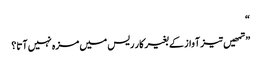
“
”تمھیں تیز آواز کے بغیر کار ریس میں مزہ نہیں آتا؟